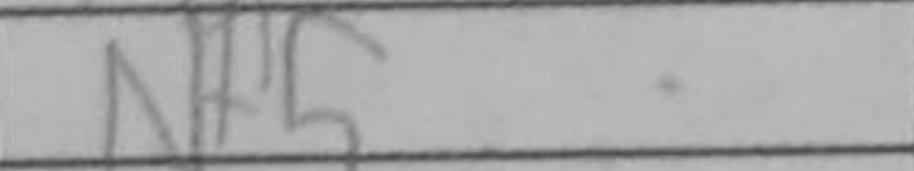
Transcription: Nf5